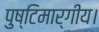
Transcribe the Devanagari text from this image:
पुष्टिमार्गीय।